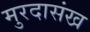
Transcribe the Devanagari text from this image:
मुरदासंख